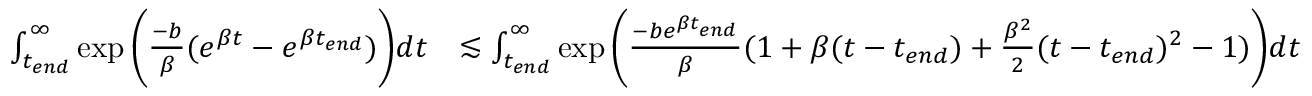
\begin{array} { r l } { \int _ { t _ { e n d } } ^ { \infty } \exp { \bigg ( \frac { - b } { \beta } ( e ^ { \beta t } - e ^ { \beta t _ { e n d } } ) \bigg ) } d t } & { \lesssim \int _ { t _ { e n d } } ^ { \infty } \exp { \bigg ( \frac { - b e ^ { \beta t _ { e n d } } } { \beta } ( 1 + \beta ( t - t _ { e n d } ) + \frac { \beta ^ { 2 } } { 2 } ( t - t _ { e n d } ) ^ { 2 } - 1 ) \bigg ) } d t } \end{array}